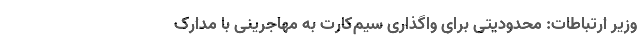
وزیر ارتباطات: محدودیتی برای واگذاری سیم‌کارت به مهاجرینی با مدارک